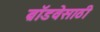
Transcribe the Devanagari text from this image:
ब्रॉडवेसाठी